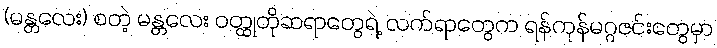
(မန္တလေး) စတဲ့ မန္တလေး ဝတ္ထုတိုဆရာတွေရဲ့ လက်ရာတွေက ရန်ကုန်မဂ္ဂဇင်းတွေမှာ